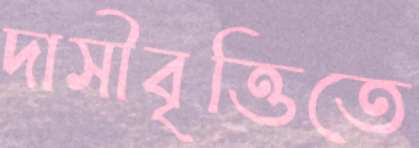
দাসীবৃত্তিতে